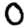
Digit: 0